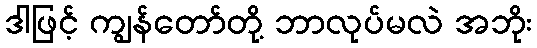
ဒါဖြင့် ကျွန်တော်တို့ ဘာလုပ်မလဲ အဘိုး